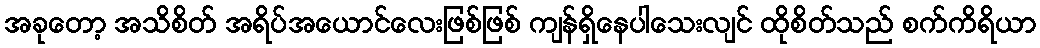
အခုတော့ အသိစိတ် အရိပ်အယောင်လေးဖြစ်ဖြစ် ကျန်ရှိနေပါသေးလျင် ထိုစိတ်သည် စက်ကိရိယာ